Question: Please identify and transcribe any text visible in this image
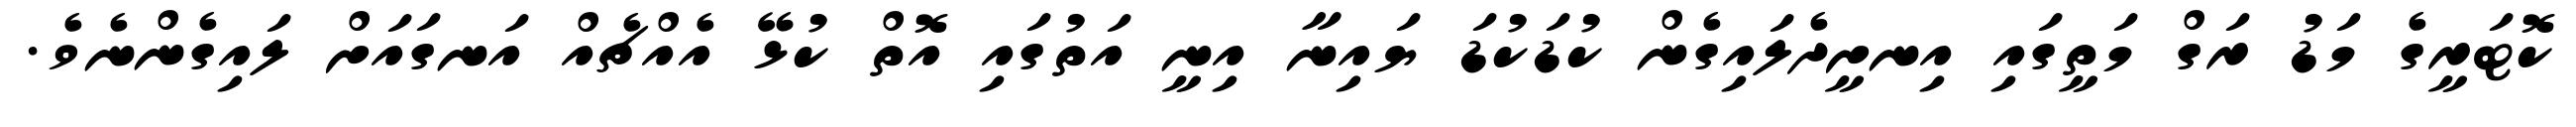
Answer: ކޮޓަރީގެ މަޑު ރަގް މަތީގައި އިނށީދެލައިގެން ކުޑަކުޑަ ޔައިނާ އިނީ އަތުގައި އޮތް ކުޅޭ އެއްޗެއް އަނގައަށް ލައިގެންނެވެ.